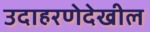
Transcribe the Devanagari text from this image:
उदाहरणेदेखील